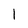
Character: l